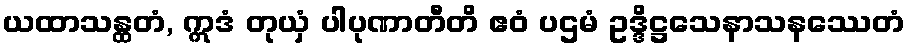
ယထာသန္ထတံ, ဣဒံ တုယှံ ပါပုဏာတီတိ ဧဝံ ပဌမံ ဥဒ္ဒိဋ္ဌသေနာသနဿေတံ